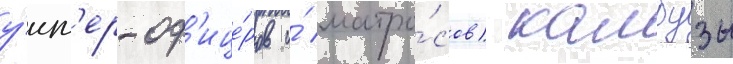
у́нт'ер-оф'ице́ров и́ матро́сов) камбузы